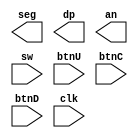
`timescale 1ns / 1ps
//////////////////////////////////////////////////////////////////////////////////
// Company: 
// Engineer: 
// 
// Design Name: 
// Module Name: system
// Project Name: 
// Target Devices: 
// Tool Versions: 
// Description: 
// 
// Dependencies: 
// 
// Revision:
// Revision 0.01 - File Created
// Additional Comments:
// 
//////////////////////////////////////////////////////////////////////////////////


module system(
    output [6:0] seg,
    output dp,
    output [3:0] an,
    input [7:0] sw,
    input btnU, btnC, btnD, clk
    );
    
//    // declare input digits to 7 seg
//    wire [3:0] num0;
//    wire [3:0] num1;
//    wire [3:0] num2;
//    wire [3:0] num3;
   
//    // clock division
//    wire slowClk;
//    wire an0, an1, an2, an3;
//    assign an = {an3,an2,an1,an0}; 
    
//    wire [18:0] tclk;
//    assign tclk[0] = clk;
    
//    genvar c;
//    generate for(c=0;c<18;c=c+1)
//    begin
//        clockDiv fdiv(tclk[c+1], tclk[c]);
//    end
//    endgenerate
    
//    // buttons
//    singlePulser push_btn(push,     btnU,clk);
//    singlePulser pop_btn(pop,       btnC,clk);
//    singlePulser clear_btn(clear,   btnD,clk);
    
//    // connect input to data
//    wire [7:0] data_in;
//    wire [7:0] data_out;
//    wire [7:0] from_sw;
    
//    assign data_in = from_sw;
//    assign {num3,num2} = data_out;
    
//    genvar i;
//    generate for(i=0;i<8;i=i+1)
//    begin
//        debouncer switch(from_sw[i],  sw[i],clk);
//    end
//    endgenerate
    
//    ramLIFO stack(data_out, data_in,top,write,clk);
    
//    // stack pointer 
//    reg [7:0] top;
//    reg [1:0] state, nstate;
//    wire write = state == 2'b01;

//    assign {num1,num0} = top;
    
//    clockDiv fdivTarget(slowClk, tclk[18]);
//    sevenSegModule q7seg(seg,dp,an0,an1,an2,an3, num0,num1,num2,num3,slowClk);
    
//    initial
//    begin
//        top = 0;
//        state = 2'b0;
//        nstate = 2'b0;
//    end
    
//    always @(posedge clk)
//    begin
//        state = nstate;
//        casez({state, pop, push, clear})
//            default: 
//                nstate = 2'b0;
//            5'b00001: begin         //state 0 & clear
//                top = 0; 
//                nstate = 2'b0; 
//                end
//            5'b00010:               //state 0 & push -> write RAM next clock
//                if(top < 255) nstate = 2'b01;
//            5'b00100:               //state 0 & pop -> read RAM next clock
//                if(top > 0) begin 
//                    nstate = 2'b10; 
//                    top = top - 1; 
//                    end
//            5'b010?0: begin         //state 1 -> write RAM
//                nstate = 2'b0;
//                top = top + 1; 
//                end
//            5'b10?00: nstate = 0;  //state 2 -> read RAM
//        endcase
//    end
    
endmodule